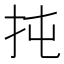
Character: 扽